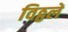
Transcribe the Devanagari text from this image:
विठ्ठलें